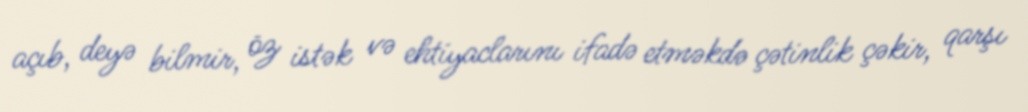
açıb, deyə bilmir, öz istək və ehtiyaclarını ifadə etməkdə çətinlik çəkir, qarşı